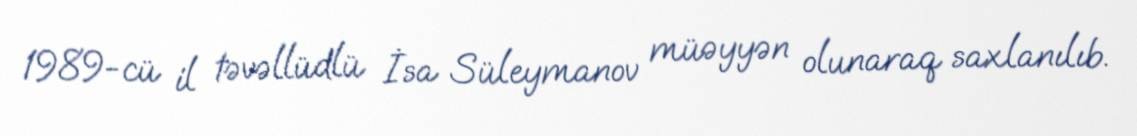
1989-cü il təvəllüdlü İsa Süleymanov müəyyən olunaraq saxlanılıb.